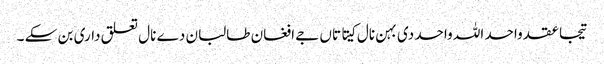
تیجا عقد واحد اللہ واحد دی بہن نال کیتا تاں جے افغان طالبان دے نال تعلق داری بن سکے ۔